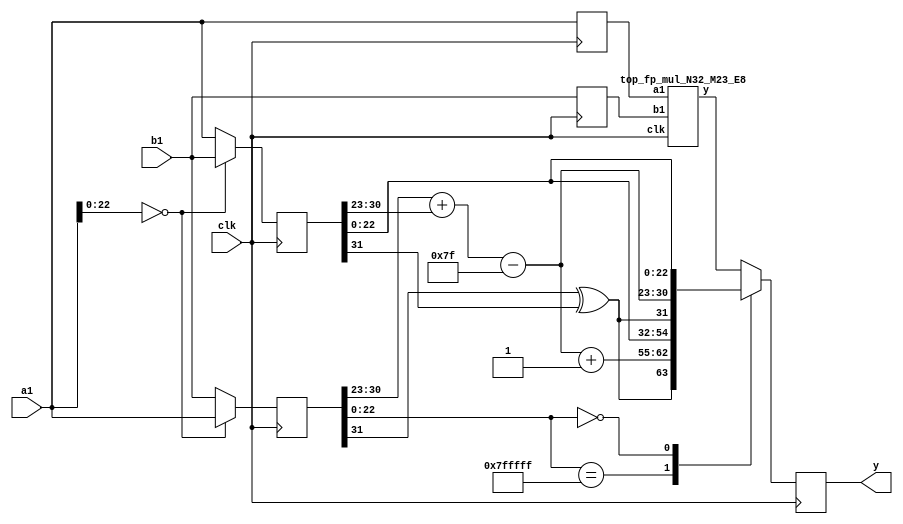
`define N       32
`define E       8
`define MA      23
`define n       1
// indices of components of IEEE 754 FP
`define SIGN   	31
`define EXP    	30:23
`define M    	22:0

`define P    	24    // number of bits for mantissa (including 
`define G    	23    // guard bit index
`define R    	22    // round bit index
`define S    	21:0  // sticky bits range

`define BIAS   	127

module cfpu (input  wire clk,
			  input  wire[`N-1:0] a1,
              input  wire[`N-1:0] b1,
              output reg[`N-1:0] y);
    
    reg [`N-1:0] a,b,in1,in2;
    wire [`N-1:0] result;
    reg [`N-1:0] y1;
    reg [`P-2:0] m;
    reg [`E-1:0] e;
    reg s;


    always @(posedge clk) begin
        a = {a1};
        b = {b1};
        y = y1; 
    //if the mantissa of b is 0, then we take that mantissa for the output value otherwise we take the mantissa of a 
    case(a[`M])       
        `R'b0:begin
           in1=a;
           in2=b; 
        end
        default:begin
           in1=b;
           in2=a;
        end
    endcase

    end
    // here we take the exact multiplication of the 2 numbers
top_fp_mul_N32_M23_E8 m1(.clk(clk),.a1(a),.b1(b),.y(result)); 
always @(*)begin
    case (in1[22:0])
        //In this if all the bits in the mantissa of in1 is 1, then it is approximately equal to 2 so we increase the exponent by 1 and keep the value 
        //of final mantissa as that of in2. 
       23'b11111111111111111111111 : begin
       s = in1[`SIGN] ^ in2[`SIGN];  // sign bit we xor the sign bits of the operands
       e = in1[`EXP] + in2[`EXP] - `BIAS + 1'b1; //In the exponent bits, we add the exponent bits of the opperand 
       m= in2[`M];
       y1 = {s, e, m};
       end
       //In this if all the bits in the mantissa of in1 is 0, then it is equal to 1 so keep the value of final mantissa as that of in2
       23'b00000000000000000000000 : begin
       s = in1[`SIGN] ^ in2[`SIGN];// // sign bit we xor the sign bits of the operands
       e = in1[`EXP] + in2[`EXP] - `BIAS;//In the exponent bits, we add the exponent bits of the opperand 
       m= in2[`M];
       y1 = {s, e, m};
       end
       // Else we keep the exact result of the multiplier.
        default: begin
       y1=result;
        end
    endcase
end

endmodule


module top_fp_mul_N32_M23_E8(input  wire clk,
			  input  wire[`N-1:0] a1,
              input  wire[`N-1:0] b1,
              output reg[`N-1:0] y);

    reg [`P-2:0] m;
    reg [`E-1:0] e;
    reg s;
    
    reg [`P*2-1:0] product;
    reg G;
    reg R;
    reg S;
    reg normalized;


    reg [`N-1:0] a,b;
    wire [`N-1:0] y1;
  

	always @(posedge clk) begin
        a = {a1};
        b = {b1};
        y = y1; 
	end


	always @(*) begin
        //$monitor("product = %b, S = %b, s = %b, m = %b, e = %b", product, S,s,m,e);
        // mantissa is product of a and b's mantissas, 
        // with a 1 added as the MSB to each
        product = {1'b1, a[`M]} * {1'b1, b[`M]};

        // get sticky bits by ORing together all bits right of R
        S = |product[`S]; 

        // if the MSB of the resulting product is 0
        // normalize by shifting right    
        normalized = product[2*`MA+1];
        
        if(!normalized) product = product << 1; 
        else product = product;
		

        // sign is xor of signs
        s = a[`SIGN] ^ b[`SIGN];

        // mantissa is upper 22-bits of product w/ nearest-even rounding
        m = product[2*`MA:`MA+1] + (product[`G] & (product[`R] | S));

        // exponent is sum of a and b's exponents, minus the bias 
        // if the mantissa was shifted, increment the exponent to balance it
        e = a[`EXP] + b[`EXP] - `BIAS + normalized;

	end

	// output is concatenation of sign, exponent, and mantissa	
	assign y1 = {s, e, m};

endmodule